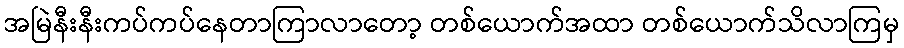
အမြဲနီးနီးကပ်ကပ်နေတာကြာလာတော့ တစ်ယောက်အထာ တစ်ယောက်သိလာကြမှ